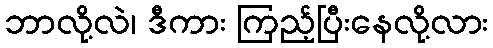
ဘာလို့လဲ၊ ဒီကား ကြည့်ပြီးနေလို့လား